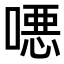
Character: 𫫖